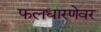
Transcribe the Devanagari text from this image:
फलधारणेवर